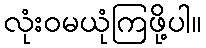
လုံးဝမယုံကြဖို့ပါ။